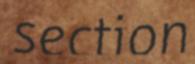
section